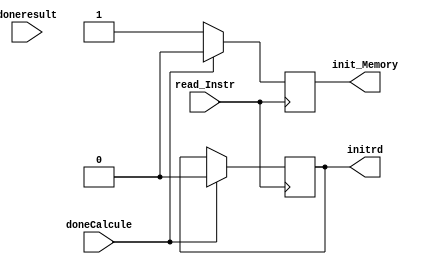
module Controlador #()(read_Instr,init_Memory,doneCalcule, initrd, doneresult);

input doneCalcule;
input doneresult;
input read_Instr;
output  reg init_Memory;
output reg initrd;

always @(posedge read_Instr) begin
   // if (read_Instr == 1) begin  
         init_Memory <= 1'b1;
         if (doneCalcule == 1) begin

            initrd <= 1'b1;
            if (doneCalcule == 1) begin
                init_Memory <= 1'b0;
                initrd <= 1'b0;
            end
             
         end

   // end
    
end

endmodule